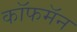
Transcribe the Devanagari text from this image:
कॉफमॅन